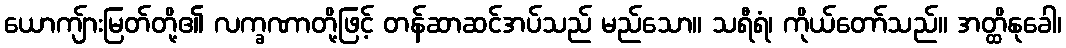
ယောကျ်ားမြတ်တို့၏ လက္ခဏာတို့ဖြင့် တန်ဆာဆင်အပ်သည် မည်သော။ သရီရံ၊ ကိုယ်တော်သည်။ အတ္ထိနုခေါ၊